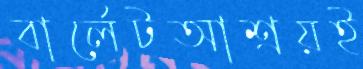
বার্লেটআশ্রয়ই